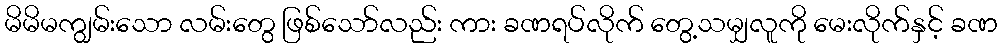
မိမိမကျွမ်းသော လမ်းတွေ ဖြစ်သော်လည်း ကား ခဏရပ်လိုက် တွေ့သမျှလူကို မေးလိုက်နှင့် ခဏ